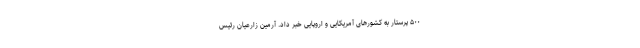
۵۰۰ پرستار به کشور‌های آمریکایی و اروپایی خبر داد. آرمین زارعیان رئیس